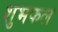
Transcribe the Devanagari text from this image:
शुभफल